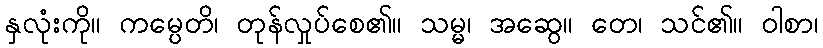
နှလုံးကို။ ကမ္ပေတိ၊ တုန်လှုပ်စေ၏။ သမ္မ၊ အဆွေ။ တေ၊ သင်၏။ ဝါစာ၊